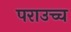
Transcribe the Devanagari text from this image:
पराउच्च